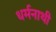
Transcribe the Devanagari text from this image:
धर्मनाथी